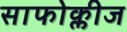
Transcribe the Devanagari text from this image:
साफोक्लीज